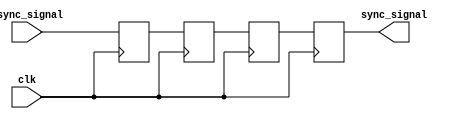
module triple_ff_synchronizer (
    input wire async_signal,  // Input signal from the asynchronous clock domain
    input wire clk,           // Clock signal of the destination clock domain
    output reg sync_signal     // Synchronized output signal
);

    // Internal registers for the three flip-flops
    reg ff1, ff2, ff3;

    always @(posedge clk) begin
        ff1 <= async_signal; // Sample the asynchronous signal
        ff2 <= ff1;          // Sample the output of the first flip-flop
        ff3 <= ff2;          // Sample the output of the second flip-flop
    end

    // The synchronized signal is the output of the last flip-flop
    always @(posedge clk) begin
        sync_signal <= ff3;   // Output the synchronized signal
    end

endmodule